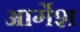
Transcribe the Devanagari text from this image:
आर्गेश